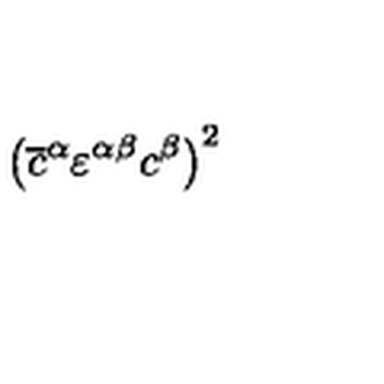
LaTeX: \left( \overline { { c } } ^ { \alpha } \varepsilon ^ { \alpha \beta } c ^ { \beta } \right) ^ { 2 }